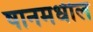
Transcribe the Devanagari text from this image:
षानमधील